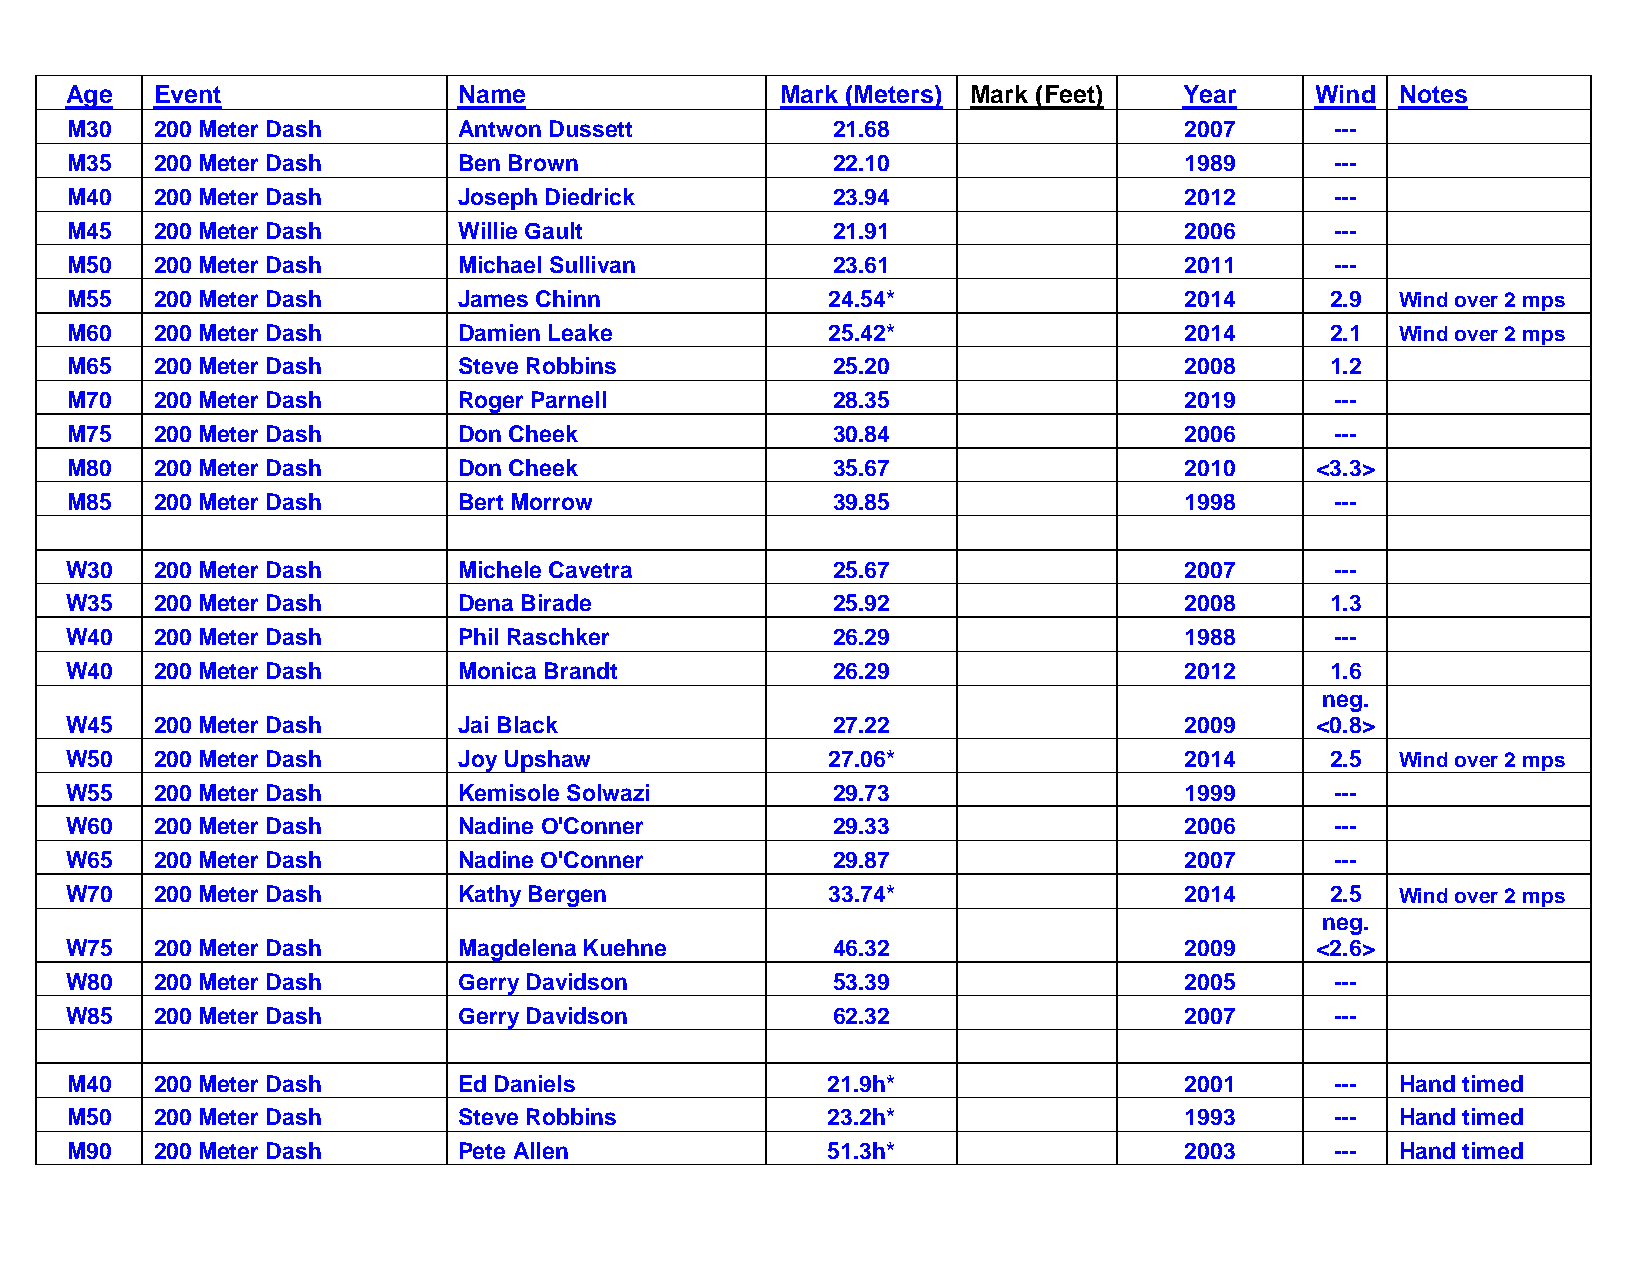
Age   Event               Name                  Mark (Meters) Mark (Feet) Year     Wind  Notes
 M30   200 Meter Dash      Antwon Dussett           21.68                  2007      ---
 M35   200 Meter Dash      Ben Brown                22.10                  1989      ---
 M40   200 Meter Dash      Joseph Diedrick          23.94                  2012      ---
 M45   200 Meter Dash      Willie Gault             21.91                  2006      ---
 M50   200 Meter Dash      Michael Sullivan         23.61                  2011      ---
 M55   200 Meter Dash      James Chinn              24.54*                 2014      2.9  Wind over 2 mps
 M60   200 Meter Dash      Damien Leake             25.42*                 2014      2.1  Wind over 2 mps
 M65   200 Meter Dash      Steve Robbins            25.20                  2008      1.2
 M70   200 Meter Dash      Roger Parnell            28.35                  2019      ---
 M75   200 Meter Dash      Don Cheek                30.84                  2006      ---
 M80   200 Meter Dash      Don Cheek                35.67                  2010     <3.3>
 M85   200 Meter Dash      Bert Morrow              39.85                  1998      ---
 W30   200 Meter Dash      Michele Cavetra          25.67                  2007      ---
 W35   200 Meter Dash      Dena Birade              25.92                  2008      1.3
 W40   200 Meter Dash      Phil Raschker            26.29                  1988      ---
 W40   200 Meter Dash      Monica Brandt            26.29                  2012      1.6
 neg.
 W45   200 Meter Dash      Jai Black                27.22                  2009     <0.8>
 W50   200 Meter Dash      Joy Upshaw               27.06*                 2014      2.5  Wind over 2 mps
 W55   200 Meter Dash      Kemisole Solwazi         29.73                  1999      ---
 W60   200 Meter Dash      Nadine O'Conner          29.33                  2006      ---
 W65   200 Meter Dash      Nadine O'Conner          29.87                  2007      ---
 W70   200 Meter Dash      Kathy Bergen             33.74*                 2014      2.5  Wind over 2 mps
 neg.
 W75   200 Meter Dash      Magdelena Kuehne         46.32                  2009     <2.6>
 W80   200 Meter Dash      Gerry Davidson           53.39                  2005      ---
 W85   200 Meter Dash      Gerry Davidson           62.32                  2007      ---
 M40   200 Meter Dash      Ed Daniels               21.9h*                 2001      ---  Hand timed
 M50   200 Meter Dash      Steve Robbins            23.2h*                 1993      ---  Hand timed
 M90   200 Meter Dash      Pete Allen               51.3h*                 2003      ---  Hand timed